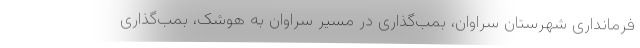
فرمانداری شهرستان سراوان، بمب‌گذاری در مسیر سراوان به هوشک، بمب‌گذاری